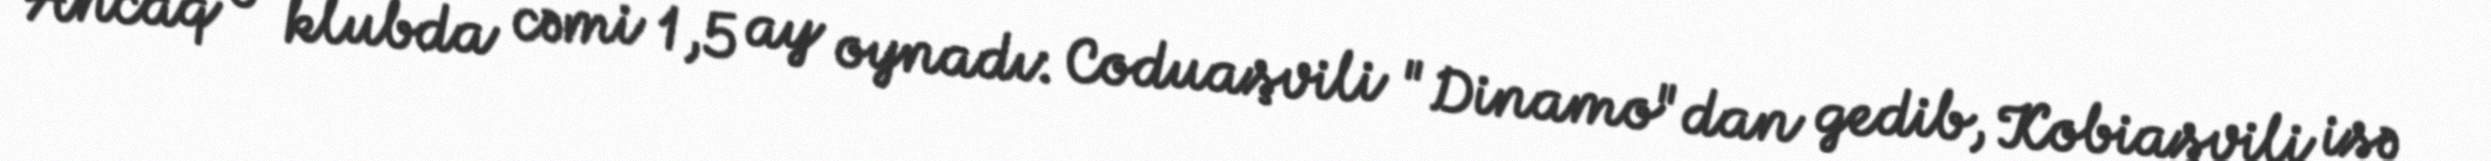
Ancaq o klubda cəmi 1,5 ay oynadı: Coduaşvili "Dinamo"dan gedib, Kobiaşvili isə